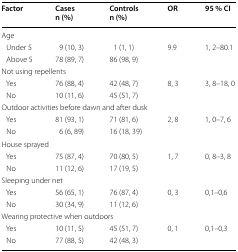
<table><thead><tr><td><b>Factor</b></td><td><b>Casesn (%)</b></td><td><b>Controlsn (%)</b></td><td><b>OR</b></td><td><b>95 % CI</b></td></tr></thead><tbody><tr><td colspan="5">Age</td></tr><tr><td> Under 5</td><td>9 (10, 3)</td><td>1 (1, 1)</td><td>9.9</td><td>1, 2–80.1</td></tr><tr><td> Above 5</td><td>78 (89, 7)</td><td>86 (98, 9)</td><td></td><td></td></tr><tr><td colspan="5">Not using repellents</td></tr><tr><td> Yes</td><td>76 (88, 4)</td><td>42 (48, 7)</td><td>8, 3</td><td>3, 8–18, 0</td></tr><tr><td> No</td><td>10 (11, 6)</td><td>45 (51, 7)</td><td></td><td></td></tr><tr><td colspan="5">Outdoor activities before dawn and after dusk</td></tr><tr><td> Yes</td><td>81 (93, 1)</td><td>71 (81, 6)</td><td>2, 8</td><td>1, 0–7, 6</td></tr><tr><td> No</td><td>6 (6, 89)</td><td>16 (18, 39)</td><td></td><td></td></tr><tr><td colspan="5">House sprayed</td></tr><tr><td> Yes</td><td>75 (87, 4)</td><td>70 (80, 5)</td><td>1, 7</td><td>0, 8–3, 8</td></tr><tr><td> No</td><td>11 (12, 6)</td><td>17 (19, 5)</td><td></td><td></td></tr><tr><td colspan="5">Sleeping under net</td></tr><tr><td> Yes</td><td>56 (65, 1)</td><td>76 (87, 4)</td><td>0, 3</td><td>0,1–0,6</td></tr><tr><td> No</td><td>30 (34, 9)</td><td>11 (12, 6)</td><td></td><td></td></tr><tr><td colspan="5">Wearing protective when outdoors</td></tr><tr><td> Yes</td><td>10 (11, 5)</td><td>45 (51, 7)</td><td>0, 1</td><td>0,1–0,3</td></tr><tr><td> No</td><td>77 (88, 5)</td><td>42 (48, 3)</td><td></td><td></td></tr></tbody></table>